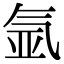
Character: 氩